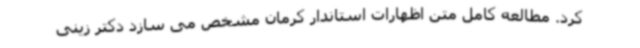
کرد. مطالعه کامل متن اظهارات استاندار کرمان مشخص می سازد دکتر زینی